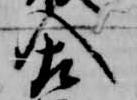
人